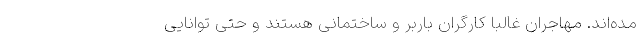
مده‌اند. مهاجران غالباً کارگران باربر و ساختمانی هستند و حتی توانایی